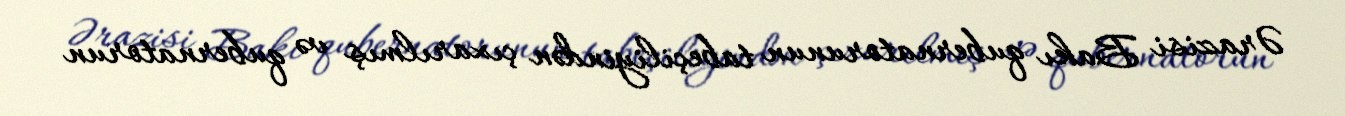
Ərazisi Bakı qubernatorunun tabeçiliyindən çıxarılmış və qubernatorun